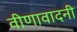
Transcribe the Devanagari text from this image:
वीणावादनी